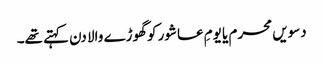
دسویں محرم یا یومِ عاشور کو گھوڑے والا دن کہتے تھے۔